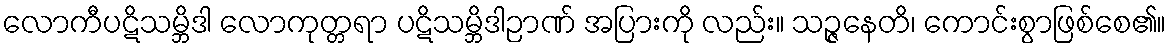
လောကီပဋိသမ္ဘိဒါ လောကုတ္တရာ ပဋိသမ္ဘိဒါဉာဏ် အပြားကို လည်း။ သဉ္ဇနေတိ၊ ကောင်းစွာဖြစ်စေ၏။